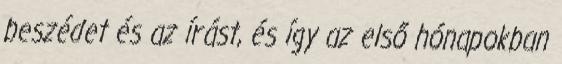
beszédet és az írást, és így az első hónapokban